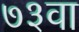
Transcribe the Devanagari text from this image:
७३वा